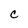
Character: c